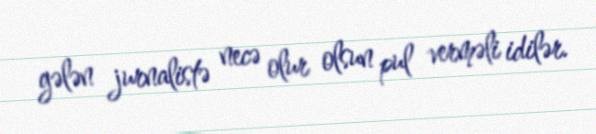
gələn jurnalistə necə olur olsun pul verməli idilər.